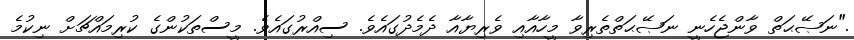
."ނަޞޭޙަތް ވާންޖެހެނީ ނަޞޭޙަތްތެރިވާ މީހާއާއި ވެރިޔާއާ ދެމެދުގައެވެ. ސިއްރުގައެވެ. މީސްތަކުންގެ ކުރިމައްޗަށް ނިކުމެ